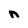
Character: n